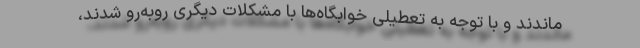
ماندند و با توجه به تعطیلی خوابگاه‌ها با مشکلات دیگری روبه‌رو شدند،